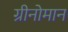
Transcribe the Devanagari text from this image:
ग्रीनोमान